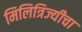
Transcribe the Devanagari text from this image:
मिलित्रिज्यीचा